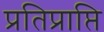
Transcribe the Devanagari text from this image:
प्रतिप्राप्ति